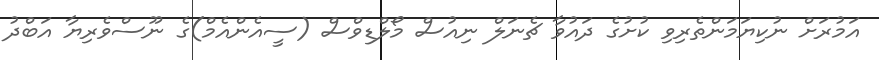
އަމުރަށް ނުކިޔަމަންތެރިވި ކުށުގެ ދައުވާ ޗެނަލް ނިއުސް މޯލްޑިވްސް (ސީއެންއެމް)ގެ ނޫސްވެރިޔާ އަބްދު